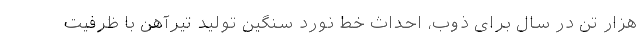
هزار تن در سال برای ذوب، احداث خط نورد سنگین تولید تیرآهن با ظرفیت